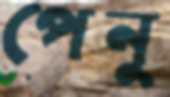
পেনু